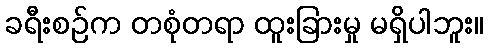
ခရီးစဉ်က တစုံတရာ ထူးခြားမှု မရှိပါဘူး။